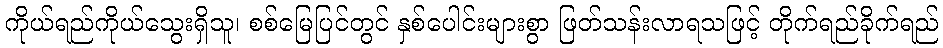
ကိုယ်ရည်ကိုယ်သွေးရှိသူ၊ စစ်မြေပြင်တွင် နှစ်ပေါင်းများစွာ ဖြတ်သန်းလာရသဖြင့် တိုက်ရည်ခိုက်ရည်